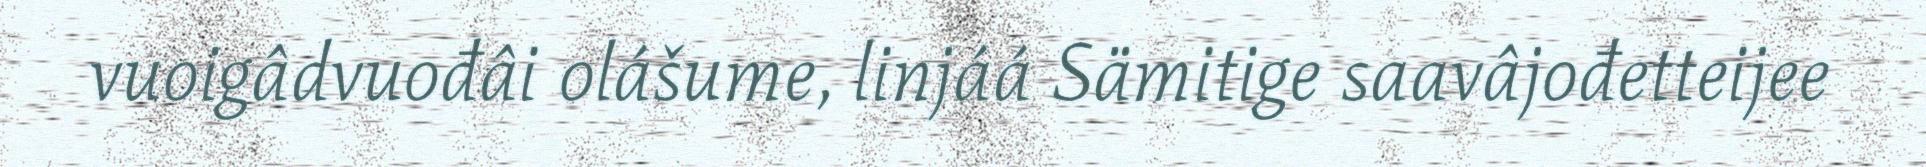
vuoigâdvuođâi olášume, linjáá Sämitige saavâjođetteijee